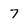
Character: 7